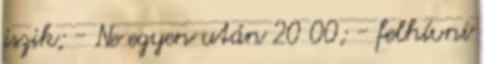
iszik; - Ne egyen után 20 00; - felhívni